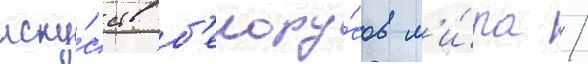
иску́сств б'елору́сов м'и́ра /